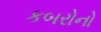
કબરોનો